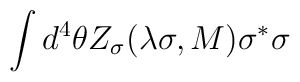
\int d^4 \theta Z_\sigma (\lambda \sigma, M) \sigma^* \sigma